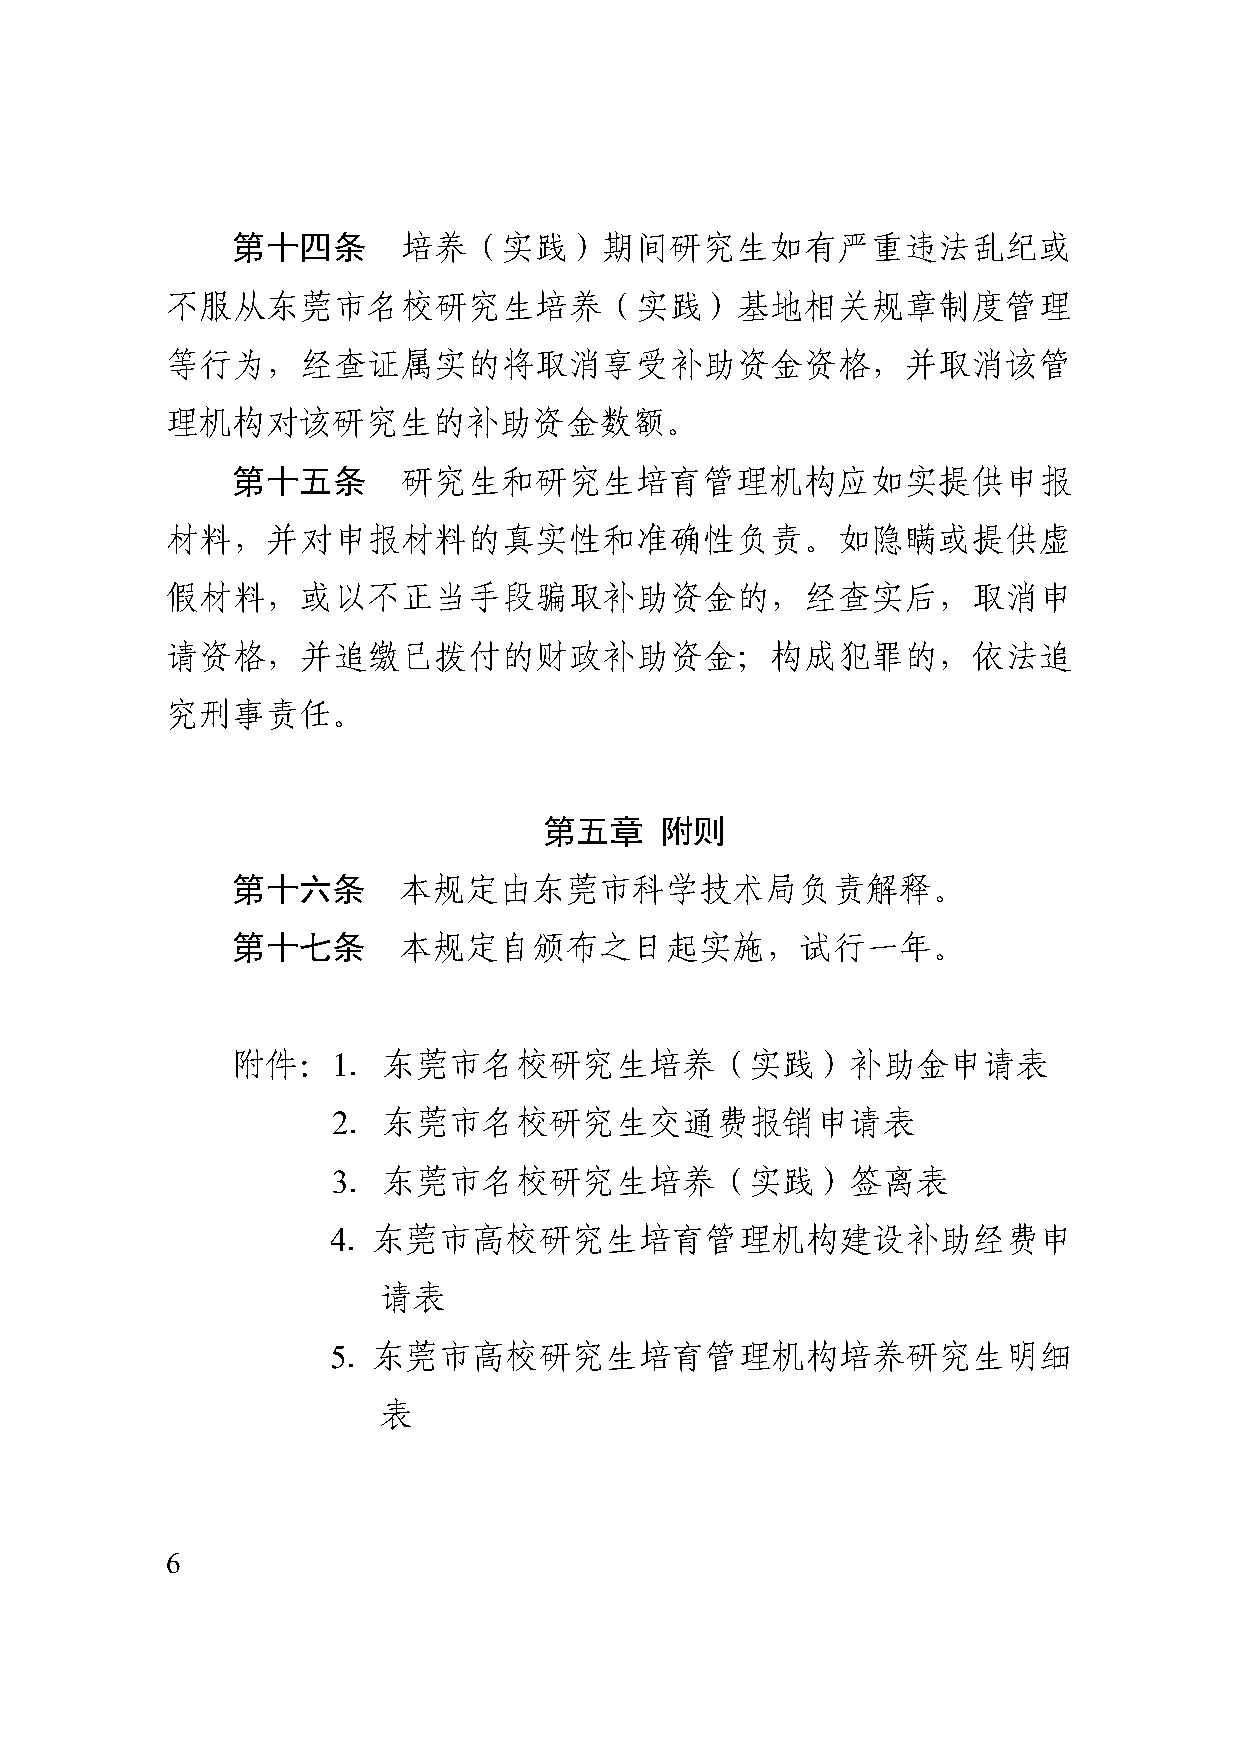
第十四条       培养（实践）期间研究生如有严重违法乱纪或
 不服从东莞市名校研究生培养（实践）基地相关规章制度管理
 等行为，经查证属实的将取消享受补助资金资格，并取消该管
 理机构对该研究生的补助资金数额。
 第十五条       研究生和研究生培育管理机构应如实提供申报
 材料，并对申报材料的真实性和准确性负责。如隐瞒或提供虚
 假材料，或以不正当手段骗取补助资金的，经查实后，取消申
 请资格，并追缴已拨付的财政补助资金；构成犯罪的，依法追
 究刑事责任。
 第五章     附则
 第十六条       本规定由东莞市科学技术局负责解释。
 第十七条       本规定自颁布之日起实施，试行一年。
 附件：1．东莞市名校研究生培养（实践）补助金申请表
 2．东莞市名校研究生交通费报销申请表
 3．东莞市名校研究生培养（实践）签离表
 4．东莞市高校研究生培育管理机构建设补助经费申
 请表
 5．东莞市高校研究生培育管理机构培养研究生明细
 表
 6